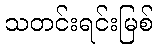
သတင်းရင်းမြစ်